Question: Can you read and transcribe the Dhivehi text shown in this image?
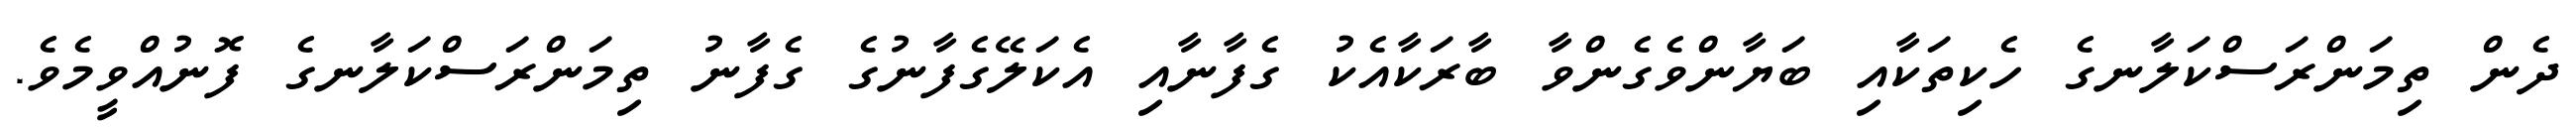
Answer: ދެން ތިމަންރަސްކަލާނގެ ހެކިތަކާއި ބަޔާންވެގެންވާ ބާރަކާއެކު ގެފާނާއި އެކަލޭގެފާނުގެ ގެފާނު ތިމަންރަސްކަލާނގެ ފޮނުއްވީމެވެ.